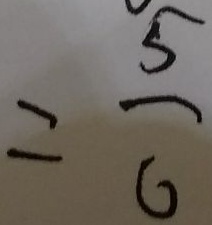
= \frac { 5 } { 6 }